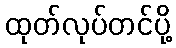
ထုတ်လုပ်တင်ပို့